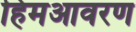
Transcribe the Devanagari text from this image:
हिमआवरण